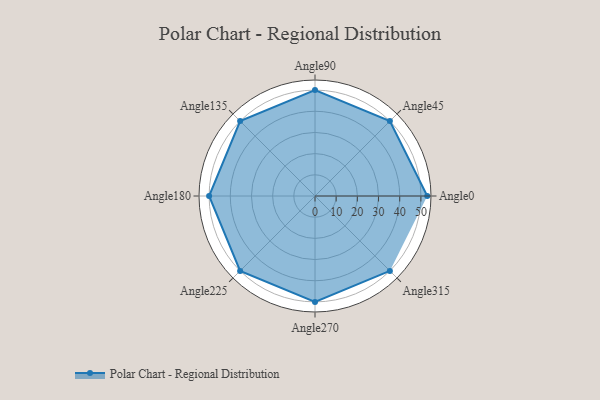
{"axis": {"x": "Angle", "y": "Radius"}, "legend": [""], "data": [{"x": "Angle0", "y": 53.0, "type": ""}, {"x": "Angle45", "y": 50, "type": ""}, {"x": "Angle90", "y": 50, "type": ""}, {"x": "Angle135", "y": 50, "type": ""}, {"x": "Angle180", "y": 50, "type": ""}, {"x": "Angle225", "y": 50, "type": ""}, {"x": "Angle270", "y": 50, "type": ""}, {"x": "Angle315", "y": 50, "type": ""}]}